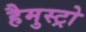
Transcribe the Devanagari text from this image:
हैमुस्ट्रो